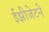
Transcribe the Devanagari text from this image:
ईझीजेटने